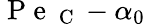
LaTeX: \mathrm{~P~e~}_{\mathrm{~C~}}-\alpha_{0}